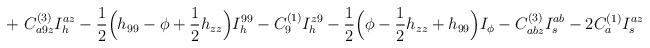
LaTeX: \begin{align*}+ \ C^{(3)}_{a9z}I_h^{az} -\frac{1}{2} \Bigl( h_{99} -\phi +\frac{1}{2}h_{zz} \Bigr) I_h^{99} - C^{(1)}_9 I_h^{z9}- \frac{1}{2} \Bigl( \phi - \frac{1}{2} h_{zz} + h_{99}\Bigr) I_\phi -C^{(3)}_{abz} I_s^{ab} - 2 C^{(1)}_a I_s^{az}\end{align*}